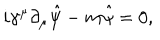
LaTeX: i \gamma ^ { \mu } \partial _ { \mu } \hat { \psi } - m { \hat { \psi } } = 0 ,